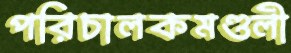
পরিচালকমণ্ডলী